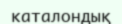
каталондық